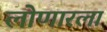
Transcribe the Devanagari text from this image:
लोणारला